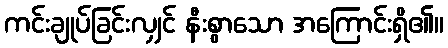
ကင်းချုပ်ခြင်းလျှင် နီးစွာသော အကြောင်းရှိ၏။